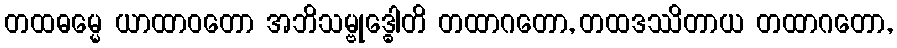
တထဓမ္မေ ယာထာဝတော အဘိသမ္ဗုဒ္ဓေါတိ တထာဂတော, တထဒဿိတာယ တထာဂတော,